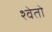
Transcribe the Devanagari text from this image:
श्‍वेतो